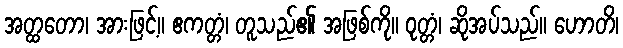
အတ္ထတော၊ အားဖြင့်။ ဧကတ္တံ၊ တူသည်၏ အဖြစ်ကို။ ဝုတ္တံ၊ ဆိုအပ်သည်။ ဟောတိ၊